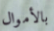
بالأموال